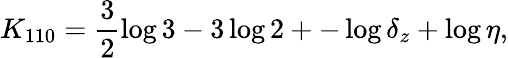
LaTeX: K_{110}=\frac 32\log 3-3\log 2+-\log\delta_{z}+\log\eta,